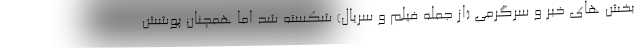
بخش های خبر و سرگرمی (از جمله فیلم و سریال) شکسته شد اما همچنان پوشش